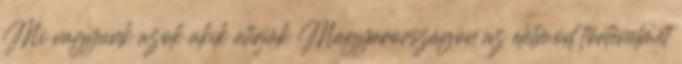
Mi vagyunk azok akik átírják Magyarországon az életmód történelmet